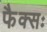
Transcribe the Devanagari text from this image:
फैक्सः